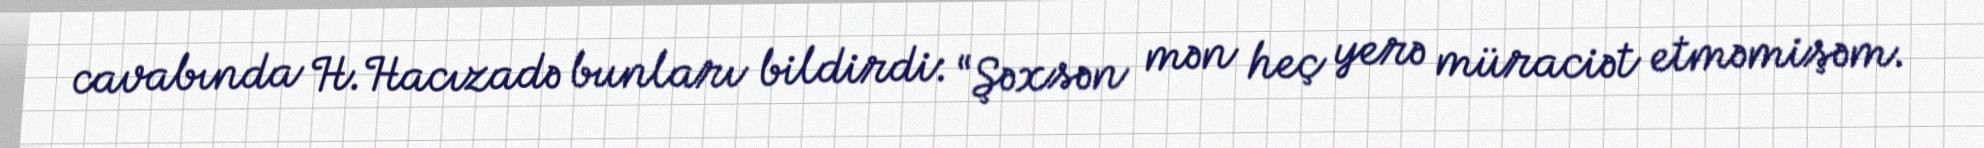
cavabında H.Hacızadə bunları bildirdi: “Şəxsən mən heç yerə müraciət etməmişəm.